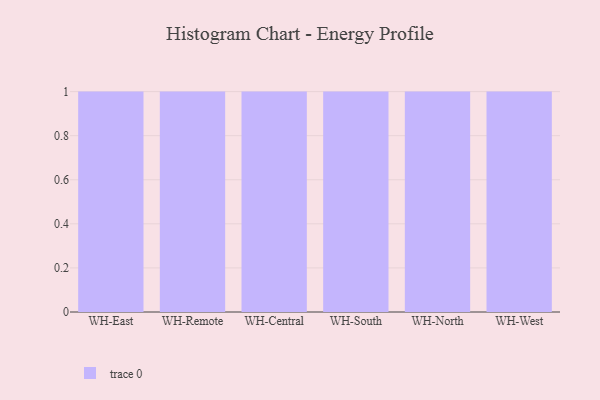
{"axis": {"x": "Warehouse", "y": "Demand Index"}, "legend": [""], "data": [{"x": "WH-East", "y": 28, "type": ""}, {"x": "WH-Remote", "y": 37, "type": ""}, {"x": "WH-Central", "y": 82, "type": ""}, {"x": "WH-South", "y": 74, "type": ""}, {"x": "WH-North", "y": 55, "type": ""}, {"x": "WH-West", "y": 71, "type": ""}]}